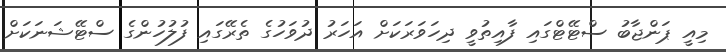
މިއީ ޕަންޖާބު ސްޓޭޓްގައި ފާއިތުވީ ދިހަވަރަކަށް އަހަރު ދުވަހުގެ ތެރޭގައި ފުލުހުންގެ ސްޓޭޝަނަކަށް